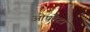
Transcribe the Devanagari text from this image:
ओपरेटा